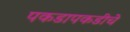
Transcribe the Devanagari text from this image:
पकडापकडीचे